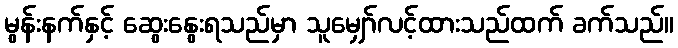
မွန်းနက်နှင့် ဆွေးနွေးရသည်မှာ သူမျှော်လင့်ထားသည်ထက် ခက်သည်။